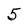
Character: 5